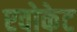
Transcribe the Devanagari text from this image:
एवोकेट